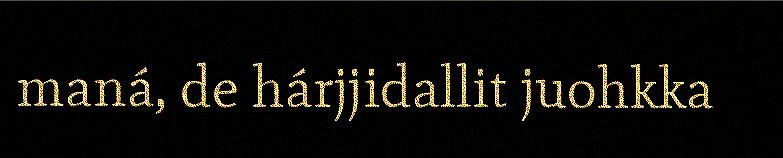
maná, de hárjjidallit juohkka